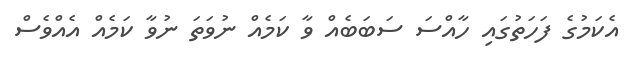
އެކަމުގެ ފަހަތުގައި ހާއްސަ ސަބަބެއް ވާ ކަމެއް ނުވަތަ ނުވާ ކަމެއް އެއްވެސް